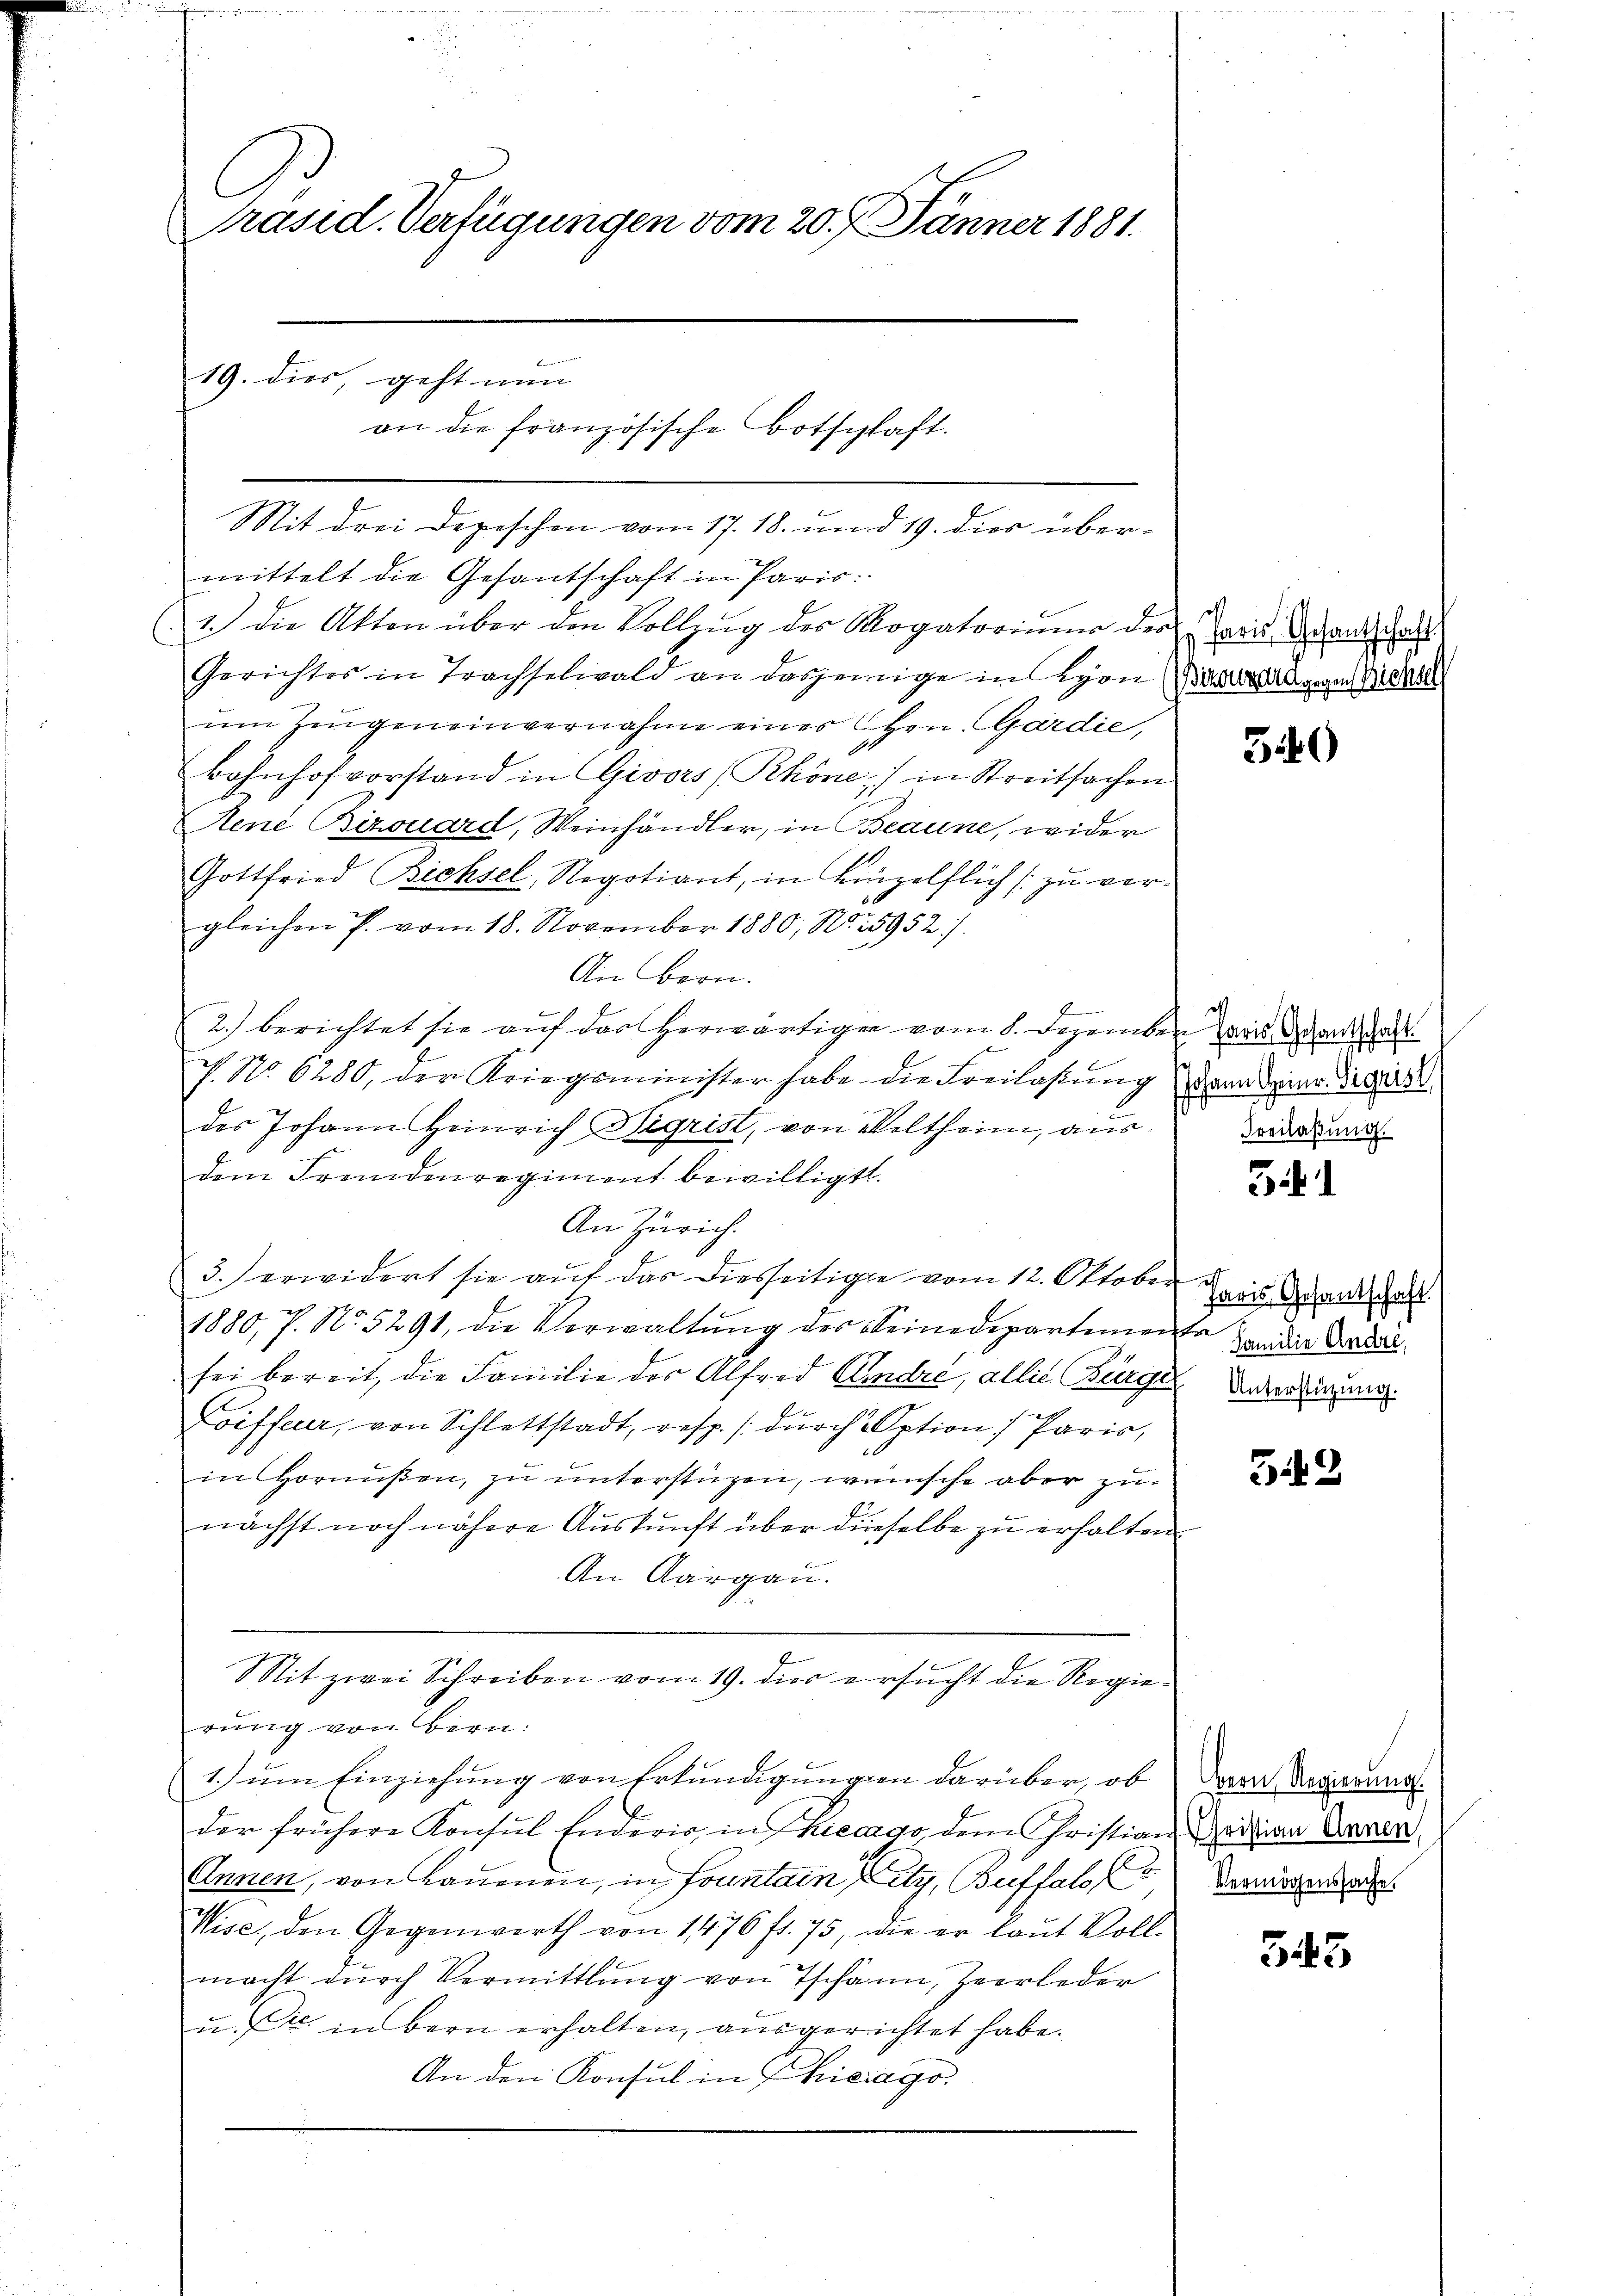
l
Präsid. Verfügungen vom 20. Jänner 1881.

19. dies, geht nun
an die französische Botschaft.

Mit drei Depeschen vom 17. 18. und 19. dies übermittelt die Gesantschaft in Paris.
1.) Die Akten über den Vollzug des Mogatorinne der Paris Brandschalt
Gerichtes in Trachselwald an dasjenige in Lyon (Banzabgegen 100
um Zeugeneinvernahme eines Hrn. Gardie,
Bahnhofvorstand in Givors/Rhöne,) in Streitsachen
René Bizouard, Weinhändler, in Beaune, wider
Gottfried Bichsel, Negotiant, in Einzelflich zu ver¬
50
gleichen P. vom 18. November 1880, No. 15952/
An Bern.
e
,
2.) berichtet sie aŭf das herwärtigen vom 8. Dezember wais Brandesrat
N No. 6280, der Kriegsminister habe die Freilassung dann deiner Sigis
des Johann Heinrich Sigrist, von Veltheim, ausdem Fremdenregiment bewilligt.
An Zürich.
3.) erwidert sie auf das diesseitige vom 12. Oktober
1880, 7. No. 5291, die Verwaltŭng des Seinedepartemente
sei bereit, die Familie der Alfred Eindre, alles Bürger Antradigung.
Loiffeuer, von Schlettstadt, resp. /: dŭrch Option) Paris,
in Hornŭβen, zu unterstüzen, wünsche aber zunächst noch nähere Auskunft über dieselbe zu erhalten
An Aargau.
Mit zwei Schreiben vom 19. dies ersucht die Regie¬

1.) um Einziehung von Erkundigungen darüber, ob
der frühere Konsul Inderis, in Thiecago, dem Christian einen Armen
Annen, von kanonen, in Fontain Petz, Buffalo
Wise, den Gegenwerth von 1476 fl. 75, wie er laut Voll-
macht durch Vermittlung von Tschann, Zeerleder
u. sie in Bern erhalten, ausgerichtet habe.
An den Konsul in Chicago

rung von Bern:

340

off
Freilassung.

31

Paris Gesantschaft.
Familie Andel,

542

Bern Regierung.
Vermögenssache.

543